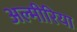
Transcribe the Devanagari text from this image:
अल्मीरिया